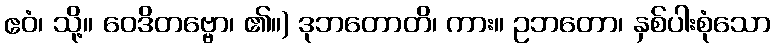
ဧဝံ၊ သို့။ ဝေဒိတဗ္ဗော၊ ၏။) ဒုဘတောတိ၊ ကား။ ဥဘတော၊ နှစ်ပါးစုံသော